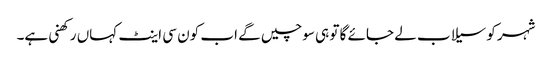
شہر کو سیلاب لے جائے گا تو ہی سوچیں گے اب کون سی اینٹ کہاں رکھنی ہے۔